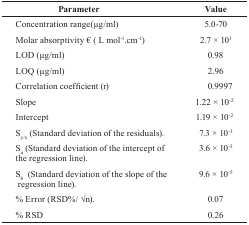
<table><thead><tr><td><b>Parameter</b></td><td><b>Value</b></td></tr></thead><tbody><tr><td>Concentration range(μg/ml)</td><td>5.0-70</td></tr><tr><td>Molar absorptivity € (L mol<sup>-1</sup>.cm<sup>-1</sup>)</td><td>2.7 × 10<sup>3</sup></td></tr><tr><td>LOD (μg/ml)</td><td>0.98</td></tr><tr><td>LOQ (μg/ml)</td><td>2.96</td></tr><tr><td>Correlation coefficient (r)</td><td>0.9997</td></tr><tr><td>Slope</td><td>1.22 × 10<sup>-2</sup></td></tr><tr><td>Intercept</td><td>1.19 × 10<sup>-2</sup></td></tr><tr><td>S<sub>y/x</sub> (Standard deviation of the residuals).</td><td>7.3 × 10<sup>-3</sup></td></tr><tr><td>S<sub>a</sub> (Standard deviation of the intercept of the regression line).</td><td>3.6 × 10<sup>-3</sup></td></tr><tr><td>S<sub>b</sub> (Standard deviation of the slope of the regression line).</td><td>9.6 × 10<sup>-5</sup></td></tr><tr><td>% Error(RSD%/ √n).</td><td>0.07</td></tr><tr><td>% RSD</td><td>0.26</td></tr></tbody></table>